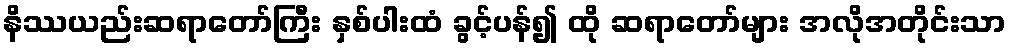
နိဿယည်းဆရာတော်ကြီး နှစ်ပါးထံ ခွင့်ပန်၍ ထို ဆရာတော်များ အလိုအတိုင်းသာ